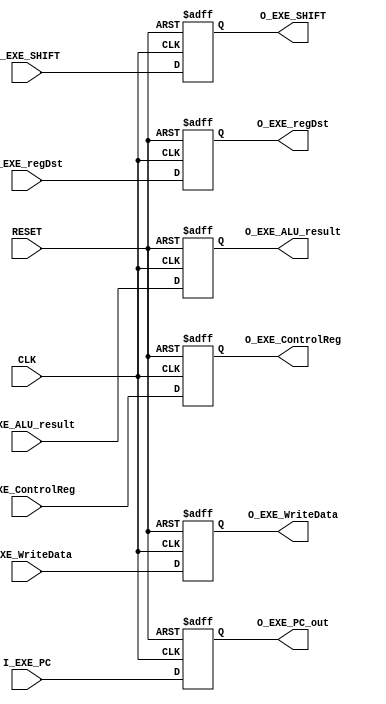
`timescale 1ns / 1ps
//////////////////////////////////////////////////////////////////////////////////
// Company: 
// Engineer: 
// 
// Design Name: 
// Module Name:    EX_MEM 
// Project Name: 
// Target Devices: 
// Tool versions: 
// Description: 
//
// Dependencies: 
//
// Revision: 
// Revision 0.01 - File Created
// Additional Comments: 
//
//////////////////////////////////////////////////////////////////////////////////
module EX_MEM(
    input CLK,
    input RESET,
	 input [31:0] I_EXE_PC,
	 input [31:0] I_EXE_ALU_result,
	 input [31:0] I_EXE_SHIFT,
	 input [31:0] I_EXE_WriteData,
	 input [4:0] I_EXE_regDst,
	 input [19:0] I_EXE_ControlReg,	 
	 
	 output reg [31:0] O_EXE_PC_out,
	 output reg [31:0] O_EXE_ALU_result,
	 output reg [31:0] O_EXE_WriteData,
	 output reg [4:0]  O_EXE_regDst,
	 output reg [19:0]  O_EXE_ControlReg,
	 output reg [31:0] O_EXE_SHIFT
    );


	 always @(posedge CLK, posedge RESET)
	 begin
		if(RESET)
		begin
			O_EXE_PC_out <= 0;
			O_EXE_ALU_result <=0;
			O_EXE_WriteData <= 0;
			O_EXE_regDst <= 0 ;
			O_EXE_ControlReg <= 0;
			O_EXE_SHIFT <= 0;
			
		end
		else
			begin
					O_EXE_PC_out <= I_EXE_PC;
					O_EXE_ALU_result <=I_EXE_ALU_result;
					O_EXE_WriteData <= I_EXE_WriteData;
					O_EXE_regDst <= I_EXE_regDst ;
					O_EXE_ControlReg <=I_EXE_ControlReg;
					O_EXE_SHIFT <= I_EXE_SHIFT;
			end
		
	 end
	 


endmodule